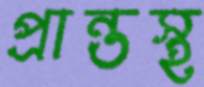
প্রান্তস্থ